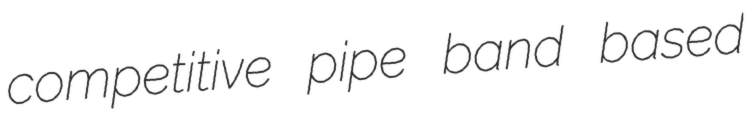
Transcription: competitive pipe band based